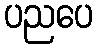
ပညပေ